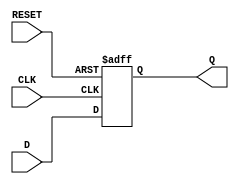
module synchronous_register (
    input wire D,        // Data input
    input wire CLK,      // Clock input
    input wire RESET,    // Synchronous reset
    output reg Q         // Data output
);

// Always block triggered on the rising edge of the clock or the reset signal
always @(posedge CLK or posedge RESET) begin
    if (RESET) begin
        Q <= 1'b0;      // Reset the output to 0
    end else begin
        Q <= D;         // Capture the input data on the rising edge of the clock
    end
end

endmodule